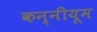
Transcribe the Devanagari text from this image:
कन्नीयूम